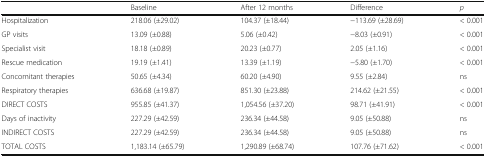
|  | Baseline | After 12 months | Difference | p |
 | --- | --- | --- | --- | --- |
 | Hospitalization | 218.06 (±29.02) | 104.37 (±18.44) | −113.69 (±28.69) | < 0.001 |
 | GP visits | 13.09 (±0.88) | 5.06 (±0.42) | −8.03 (±0.91) | < 0.001 |
 | Specialist visit | 18.18 (±0.89) | 20.23 (±0.77) | 2.05 (±1.16) | < 0.001 |
 | Rescue medication | 19.19 (±1.41) | 13.39 (±1.19) | −5.80 (±1.70) | < 0.001 |
 | Concomitant therapies | 50.65 (±4.34) | 60.20 (±4.90) | 9.55 (±2.84) | ns |
 | Respiratory therapies | 636.68 (±19.87) | 851.30 (±23.88) | 214.62 (±21.55) | < 0.001 |
 | DIRECT COSTS | 955.85 (±41.37) | 1,054.56 (±37.20) | 98.71 (±41.91) | < 0.001 |
 | Days of inactivity | 227.29 (±42.59) | 236.34 (±44.58) | 9.05 (±50.88) | ns |
 | INDIRECT COSTS | 227.29 (±42.59) | 236.34 (±44.58) | 9.05 (±50.88) | ns |
 | TOTAL COSTS | 1,183.14 (±65.79) | 1,290.89 (±68.74) | 107.76 (±71.62) | < 0.001 |